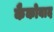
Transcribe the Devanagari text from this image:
कैकोवाद